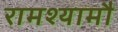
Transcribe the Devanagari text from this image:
रामश्यामौ